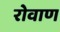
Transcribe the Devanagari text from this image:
रोवाण